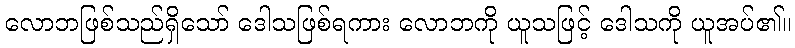
လောဘဖြစ်သည်ရှိသော် ဒေါသဖြစ်ရကား လောဘကို ယူသဖြင့် ဒေါသကို ယူအပ်၏။